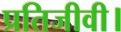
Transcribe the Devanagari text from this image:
प्रतिजीवी।